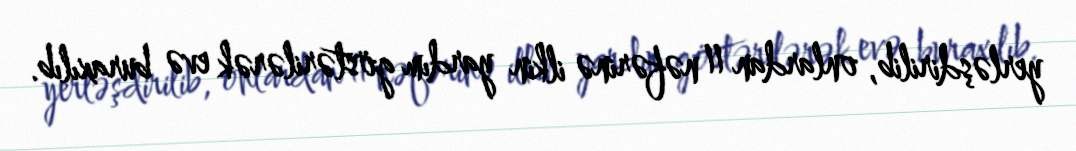
yerləşdirilib, onlardan 11 nəfərinə ilkin yardım göstərilərək evə buraxılıb.